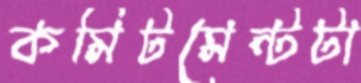
কমিটমেন্টটা